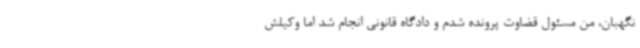
نگهبان، من مسئول قضاوت پرونده شدم و دادگاه قانونی انجام شد اما وکیلش